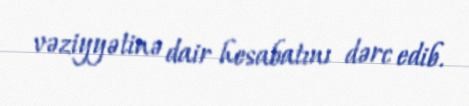
vəziyyətinə dair hesabatını dərc edib.